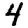
Digit: 4